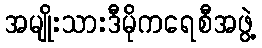
အမျိုးသားဒီမိုကရေစီအဖွဲ့